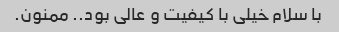
با سلام خیلی با کیفیت و عالی بود.. ممنون.